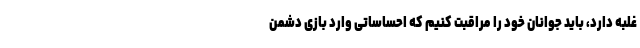
غلبه دارد، باید جوانان خود را مراقبت کنیم که احساساتی وارد بازی دشمن